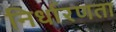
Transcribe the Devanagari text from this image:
निर्धारणता